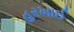
હરખાઈ